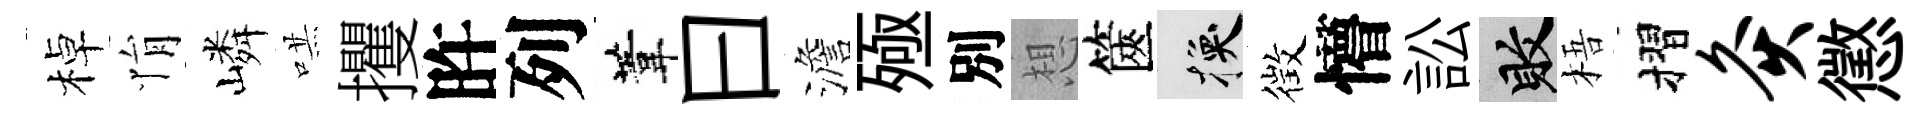
棹悁嶙哄攫旿列葦曰澹殛別想篋换徴懵訟敗梧摺灸懲